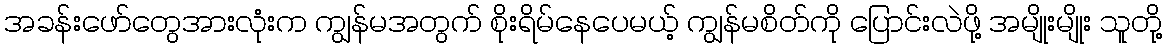
အခန်းဖော်တွေအားလုံးက ကျွန်မအတွက် စိုးရိမ်နေပေမယ့် ကျွန်မစိတ်ကို ပြောင်းလဲဖို့ အမျိုးမျိုး သူတို့